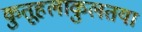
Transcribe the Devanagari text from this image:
कुतूहलाकुलतया